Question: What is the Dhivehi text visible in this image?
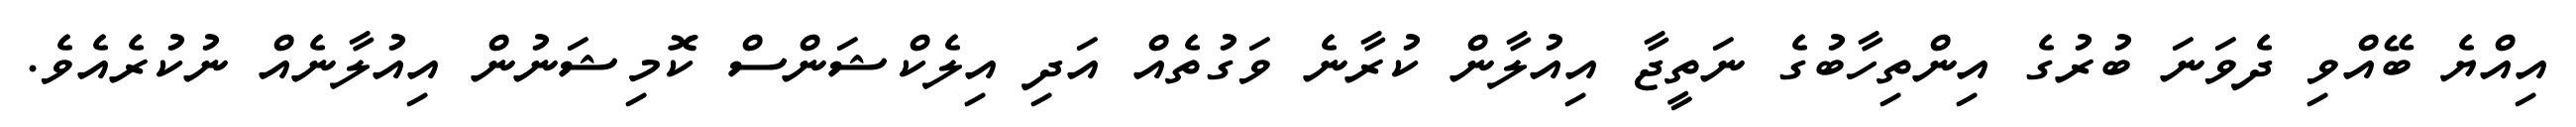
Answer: އިއްޔެ ބޭއްވި ދެވަނަ ބުރުގެ އިންތިހާބުގެ ނަތީޖާ އިއުލާން ކުރާނެ ވަގުތެއް އަދި އިލެކްޝަންސް ކޮމިޝަނުން އިއުލާނެއް ނުކުރެއެވެ.